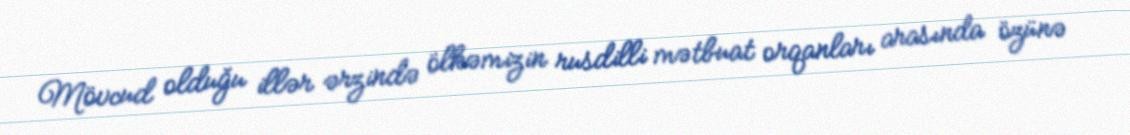
Mövcud olduğu illər ərzində ölkəmizin rusdilli mətbuat orqanları arasında özünə